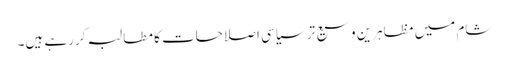
شام میں مظاہرین وسیع تر سیاسی اصلاحات کا مطالبہ کررہے ہیں۔